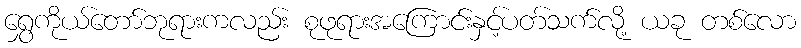
ရွှေကိုယ်တော်ဘုရားကလည်း စုဖုရားအကြောင်းနှင့်ပတ်သက်လို့ ယခု တစ်လော